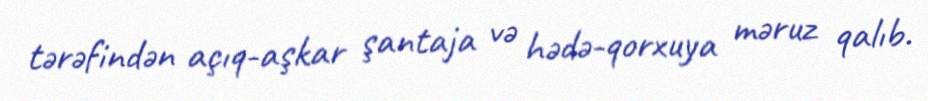
tərəfindən açıq-aşkar şantaja və hədə-qorxuya məruz qalıb.